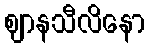
ဈာနသီလိနော